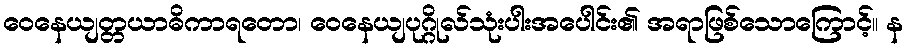
ဝေနေယျတ္တယာဓိကာရတော၊ ဝေနေယျပုဂ္ဂိုလ်သုံးပါးအပေါင်း၏ အရာဖြစ်သောကြောင့်။ န